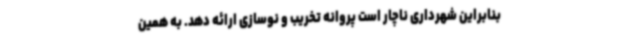
بنابراین شهرداری ناچار است پروانه تخریب و نوسازی ارائه دهد. به همین